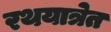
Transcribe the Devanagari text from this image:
रथयात्रेत